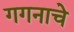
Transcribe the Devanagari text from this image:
गगनाचे